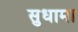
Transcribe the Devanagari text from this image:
सुधामा